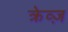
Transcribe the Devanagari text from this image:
क्रेव्ज़